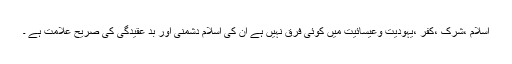
اسلام ،شرک ،کفر ،یہودیت وعیسائیت میں کوئی فرق نہیں ہے ان کی اسلام دشمنی اور بد عقیدگی کی صریح علامت ہے ۔